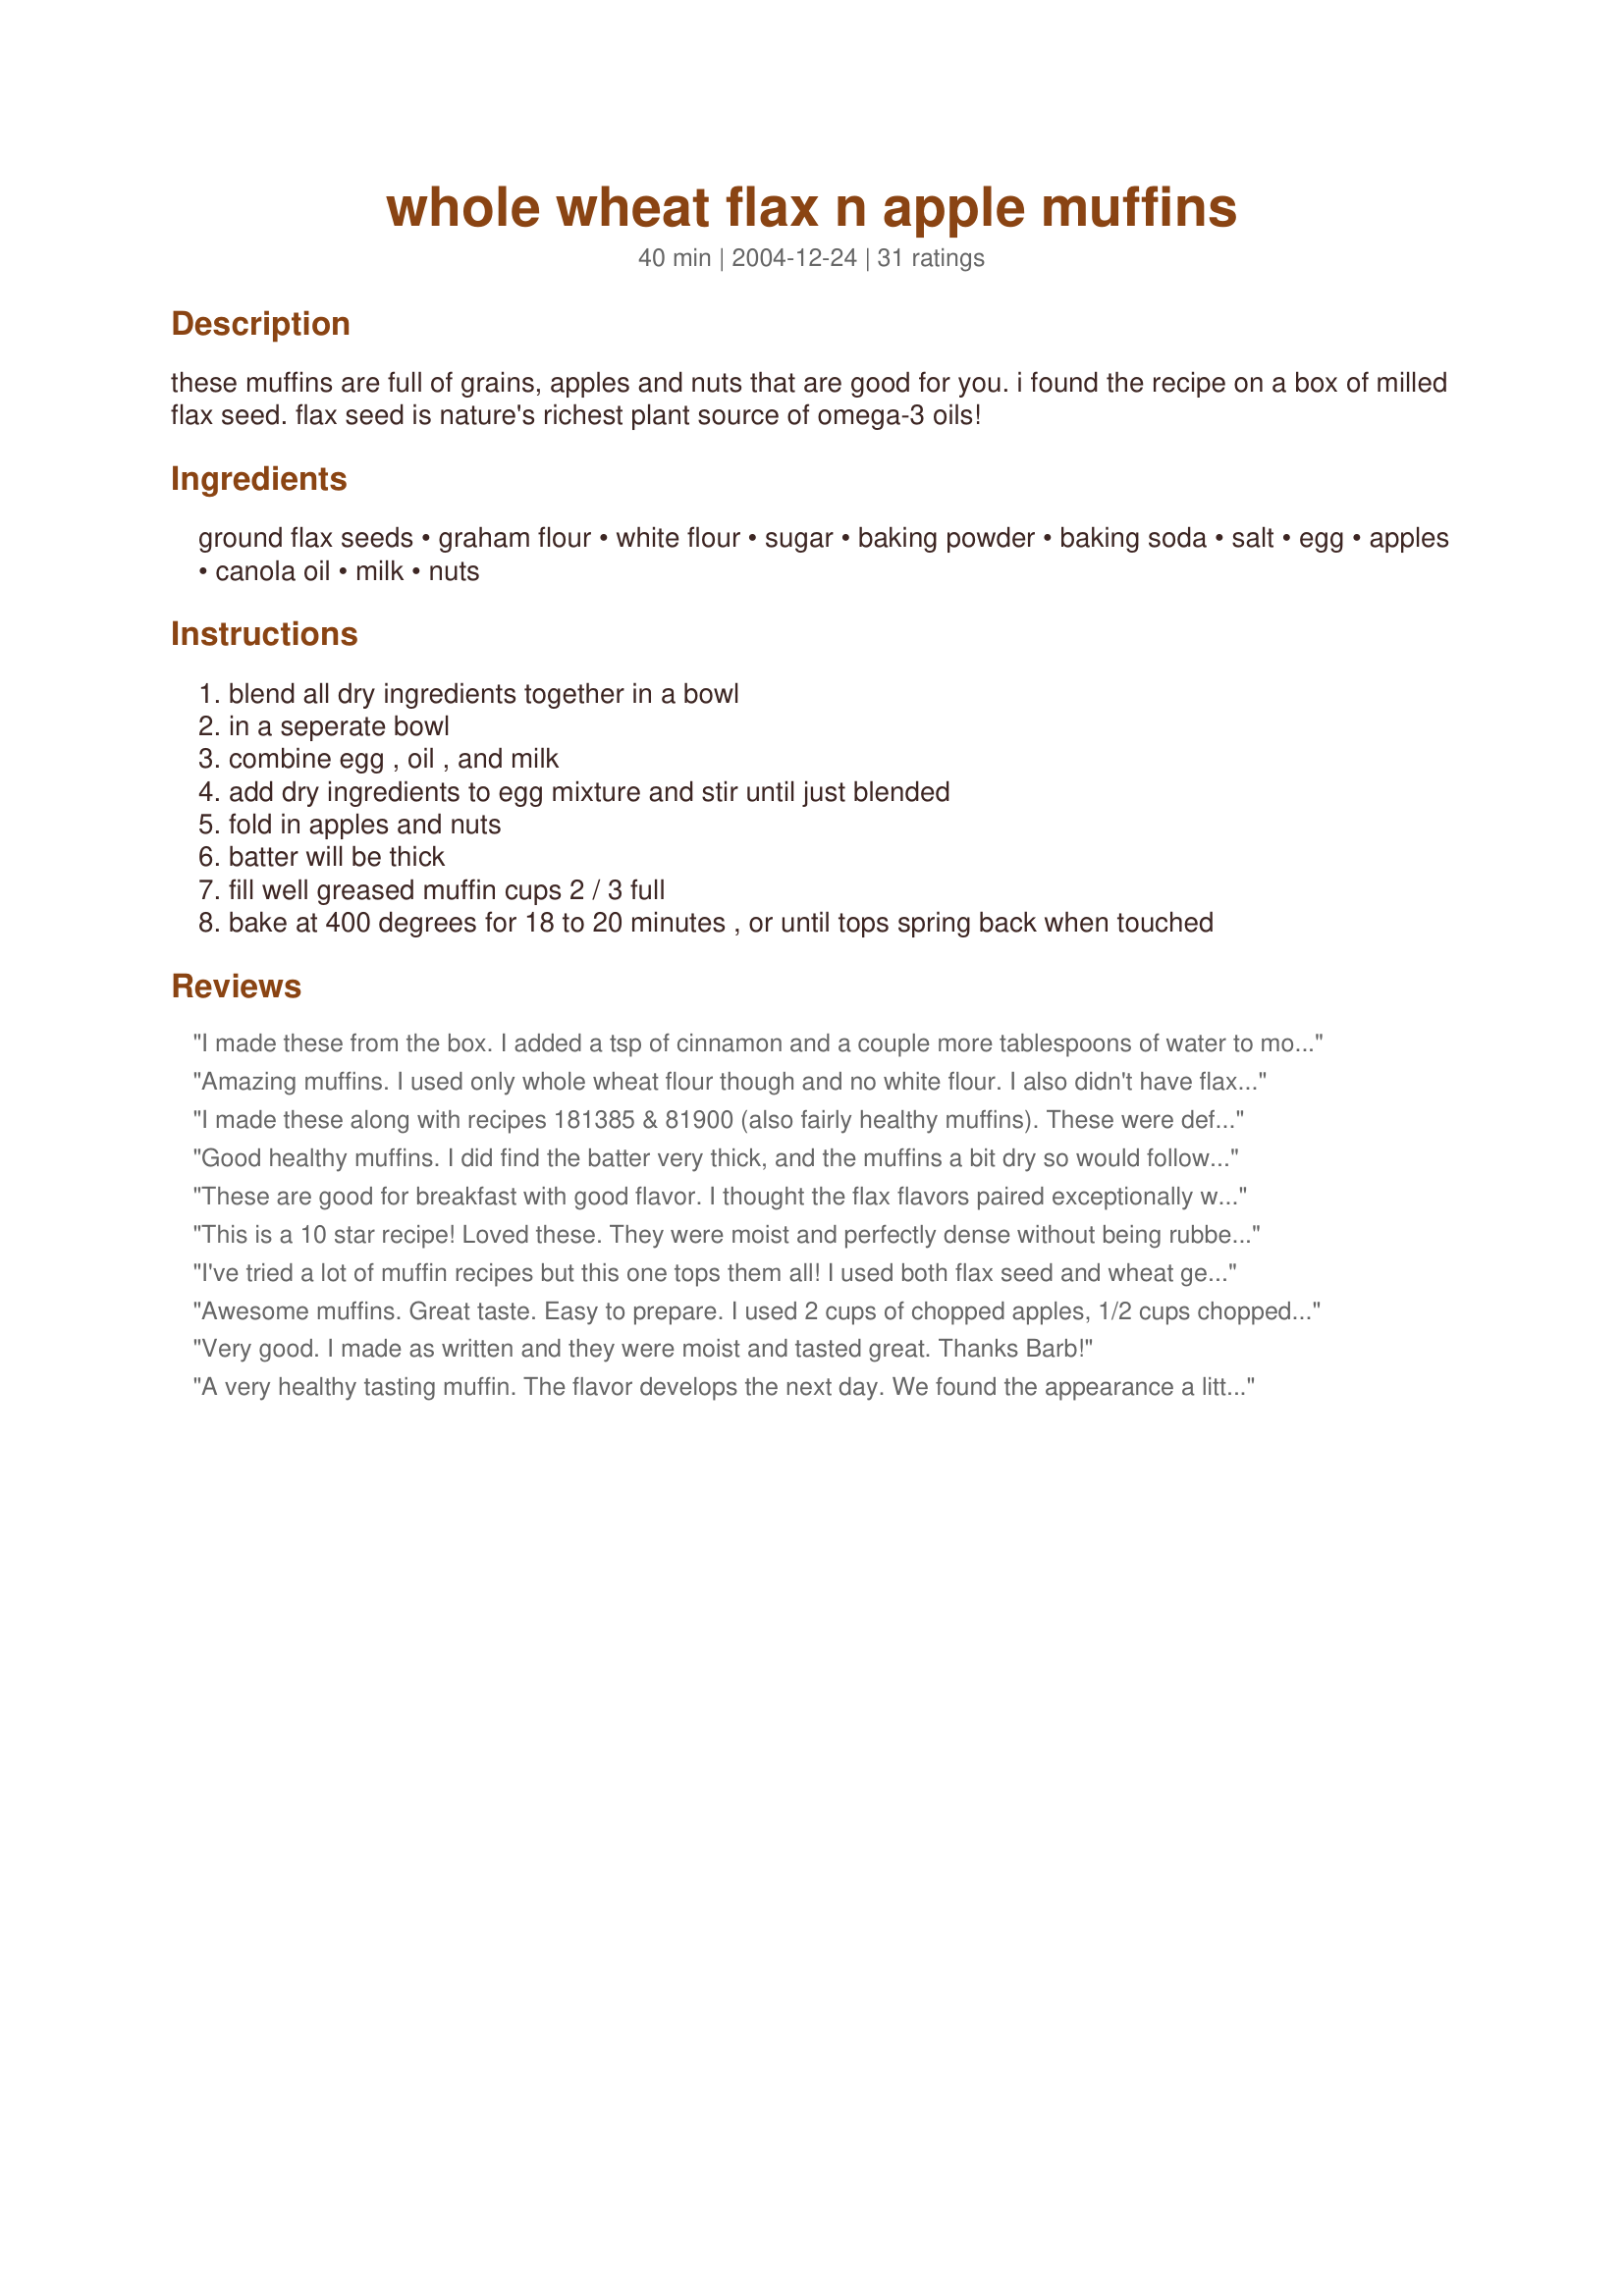
whole wheat flax n apple muffins
Preparation time: 40 minutes

these muffins are full of grains, apples and nuts that are good for you. i found the recipe on a box of milled flax seed. flax seed is nature's richest plant source of omega-3 oils!

Ingredients:
ground flax seeds, graham flour, white flour, sugar, baking powder, baking soda, salt, egg, apples, canola oil, milk, nuts

Steps:
blend all dry ingredients together in a bowl
in a seperate bowl
combine egg , oil , and milk
add dry ingredients to egg mixture and stir until just blended
fold in apples and nuts
batter will be thick
fill well greased muffin cups 2 / 3 full
bake at 400 degrees for 18 to 20 minutes , or until tops spring back when touched

Reviews:
I made these from the box. I added a tsp of cinnamon and a couple more tablespoons of water to moisten them up a bit. I also added a little raw sugar to the top. The 3 year old the 9 year old and the husband all ate them and said yum, so that says it all.
These are even better if instead of apples you add two bananas and some walnuts. My kids let the bananas go bad on purpose just so I will make the muffins.
Amazing muffins. I used only whole wheat flour though and no white flour. I also didn't have flax seed on hand. Instead of the oil I added 1/4c of unsweetened applesauce, and added more apples and raisins as well. Yummy!
I made these along with recipes 181385 & 81900 (also fairly healthy muffins). These were definitely the favorite of the three. They really don't taste like "healthy" muffins at all but are sweet and light. I'll make these again.
Good healthy muffins. I did find the batter very thick, and the muffins a bit dry so would follow the other reviewers and add a couple of tablespoons of applesauce next time. Not bad, just the kind of muffin you may want to spread with a little apple butter or butter. The apples, nuts and flax seeds go really well together. Thanks for sharing the recipe!
These are good for breakfast with good flavor. I thought the flax flavors paired exceptionally well with the apples. I forgot to add the nuts, so ours was without and fine that way. I did find this to be a little crumbly and slightly on the dry side. The batter seemed a little thick, so maybe this could use a little more milk or another Tbs or two of oil. Easy to make and healthy.
This is a 10 star recipe! Loved these. They were moist and perfectly dense without being rubbery and just sweet enough. I left out the nuts, added 1 tsp ground cinnamon and doubled the recipe to fit into my mega muffin tins. I mixed a strusel topping which I layered into the muffin itself and used gala apples. I have been on the search for a "bran" muffin that could actually be enjoyed for quite some time. This is the one. Absolutley perfect in every way.
Oct 22, 2006 Made these again this weekend and chopped the apples larger, added nuts and accidentally used 1 tsp soda instead of 1/2 tsp, they still turned out delish. I didn't realize this was a recipe I made before because I was using a print out vice the zaar cookbook. I think it speaks well of this recipe that it appealed to me twice and was delicious just as many times. I will definitely make this again and again!
I've tried a lot of muffin recipes but this one tops them all! I used both flax seed and wheat germ, replaced the graham flour with whole wheat and used berries in place of the apples. They had just the right amount of sweetness and were light and chewy - not heavy like healthy muffins tend to be. My 2yr old and husband eat at least 2 a day. I like to put them in freezer and pop them in the microwave to heat up. Thanks for this recipe!
Awesome muffins. Great taste. Easy to prepare. I used 2 cups of chopped apples, 1/2 cups chopped pecans, and 4 tablespoons of vegetable oil. I substituted 1/4 cup of half and half and 1/4 cup of distilled water for 1.2 cup of milk. The muffins were moist and held together perfectly.
Very good. I made as written and they were moist and tasted great. Thanks Barb!
A very healthy tasting muffin. The flavor develops the next day. We found the appearance a little on the rough side and felt like the dough/fruit percentage might need to be a little higher.
These were delicious! I used all whole wheat flour,replaced the white sugar with brown, subsituted 1/4 cup Egg Beaters for the whole egg and added 1/2 a teaspoon of cinnamon, a few shakes of apple pie spice and a half cup of unsweetened applesauce. Made nice high muffins with a great texture. Sweet enough to satisfy a sugar craving, but not too sweet. Definitely a keeper.
Great recipie! I added 1 Tbls of oil and substituted applesauce for the chopped apples. The additions loosened up the batter and made the muffins very moist.
My husband really liked these. He isn't too big on whole wheat....but
liked these....and they have no cinnamon which is why I chose this
recipe (he can't eat it). The only thing I changed was leaving out the
flax seeds--didn't have any. I got 17 muffins from the recipe and I filled the cups almost full. Thanks for the recipe. Will be making them again.
My first foray into using flax seed and trying to make healthier baking choices. The muffins turned out great! My DH thought the texture was a little "different" but I thought they were fine. I also added cinnamon and a bit of freshly grated nutmeg. I think both complemented the recipe very well. Thanks for posting it!
Great recipe! Thanks for posting it. For the person that mentioned it is bland, I recommend adding a teaspoon of apple pie or pumpkin pie spice to give it a kick!
This recipe rocks!!
We used whole flax seed (Linseed) in place of ground. Dont over mix and you'll end up with light n moist muffins.
My 13 year old entered these in the Adelaide Royal Show, Primary School Healthy Muffin Section and won 1st Prize!!
these were exceptionally good. i am a big fan of dried fruits so i added raisins, blueberries, strawberries, cranberries and apricot. i also added a teaspoon of vanilla essence and half teaspoon of ground cinnamon. i eat this every day.
A good healthy muffin and by substituting buttermilk for sweet milk you will have a moister product. Also could try yoghurt but add a couple more tablespoons.
I was looking for a healthy apple muffin recipe and this one was perfect. It mixed up pretty quick, and I added a little bit of streusel topping because I was really craving that. I used applesauce in place of the oil and was really happy with the taste and texture of these muffins. My husband even said they were good, and I don't think he would have even tried them if he would have seen the ingredients! I used about 1 1/2 small apples to get 1 1/2 cups. I thought I would prefer a recipe with grated apples, but the small chunks of apple give it really good flavor. I will definitely be making these again.
These are wonderful. I made them exactly like the recipe. I didn't not find them dry at all, as a few did. I would like to point out a few things about flax seed. Our bodies can not get nutrients from whole flax seeds (google it!). I use a small coffee grinder to grind the flax seed. Also, flax seed DOES have wonderful Omega 3's--which can easily go rancid. Store flax seed in the freezer, and only grind what you need. Or store your already ground flax seed in the fridge or freezer--it will help to keep it fresh and tasty. I also keep my nuts in the freezer for the same reason. I will try these next time with the applesauce instead of oil--I didn't have any on hand today.
Yum-O!!! I will be making these regularly. In the middle of putting everything together I realized i didn't have any milk....yikes. So I searched the fridge and found a cup of yoplait light apple streusle yogurt and used that instead...I know, weird huh, but it worked! Who knew? I too added some cinnamon, also a dash of nutmeg and used sunflower seeds instead of nuts since I didn't have any of those either! They are SO MOIST and delicious. And good for you to boot.
Loved these. The batter was VERY thick, and I was afraid I had done something wrong. I was tempted to add more ingredients to doctor it up. I'm glad I didn't because these turned out delicious.
These muffins were pretty good! I did make several small changes, however. I used applesauce instead of the oil, and i didn't want the white flour, so i just substituted more flax and whole wheat flour. also, i used brown sugar instead...just a personal preference. my muffins turned out very moist and delicious...i think i'm going to make more today.
Simple to make and very tasty!!
I love this muffin.
It's moistened, and soft and fluffy!
I didn't have any ground flax seeds and nuts, I omitted them.
I made a recipe double quantity and used square pan.
so glad i found this.
Thanks for posting.
I will definitely be making them again.
I made this with 1 tbsp oil and 3 tbsp apple sauce. they turned out moist and not crumbly
My whole family LOVED these muffins! I used applesauce in place of the oil making these even healthier. Thank you for a wonderful recipe. I'll be making these often.
These were very good for about 2 days. After that they turned VERY bitter and gross. I'm not sure if it was the flax or if I should have kept them in the fridge. But they weren't eatable at all after 3 days.
A bit bland tasting.
I just bought a box of milled flax seed yesterday and this recipe was on the box and made it right away. I found it quite good. I am excited to use Anissa's suggestion of substiting apple sauce in place of the oil.
These were good--it's nice to have a breakfast pastry that's not loaded with sugar. I substituted raisins for the nuts and added a generous sprinkling of cinnamon. They taste best warm with a dollop of butter/Smart Balance/whatever you use down the middle. Very quick, easy recipe!
Wonderful good-for-you muffins that don't taste like you're eating something healthy! The only change I made to this recipe was using 1/2 cup of dates instead of the nuts. Thanks for sharing - we will be having these again soon!
